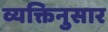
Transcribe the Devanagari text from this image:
व्यक्तिनुसार